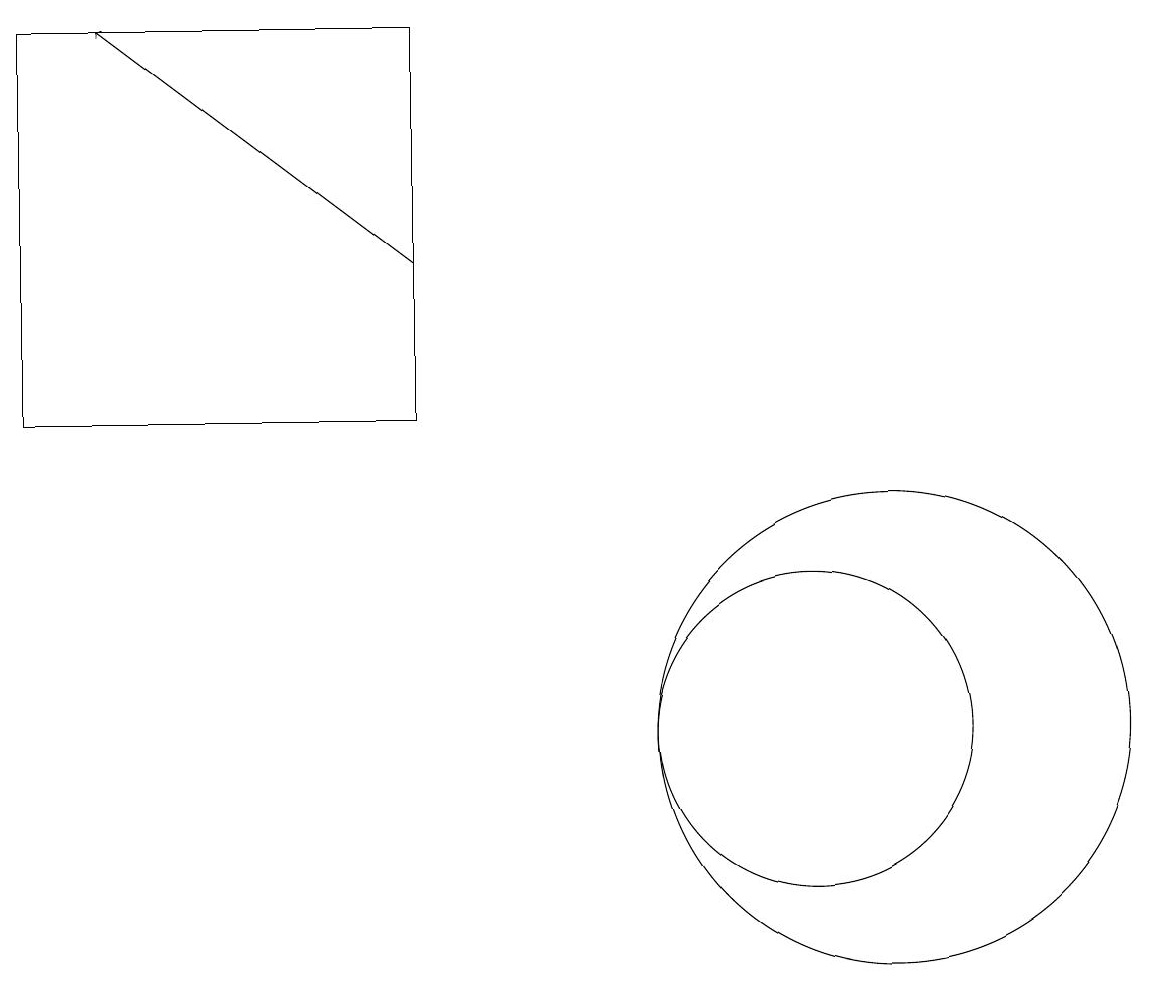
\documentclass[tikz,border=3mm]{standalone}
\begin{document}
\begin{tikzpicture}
\draw[->] (6,16) -- (2,19);
\draw (11,10) circle (2);
\draw (12,10) circle (3);
\draw (1,19) rectangle (6,14);
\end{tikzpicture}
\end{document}